Civil Veterinary Department Bengal reports 1923-33 - 1923-1933
Year: 1923
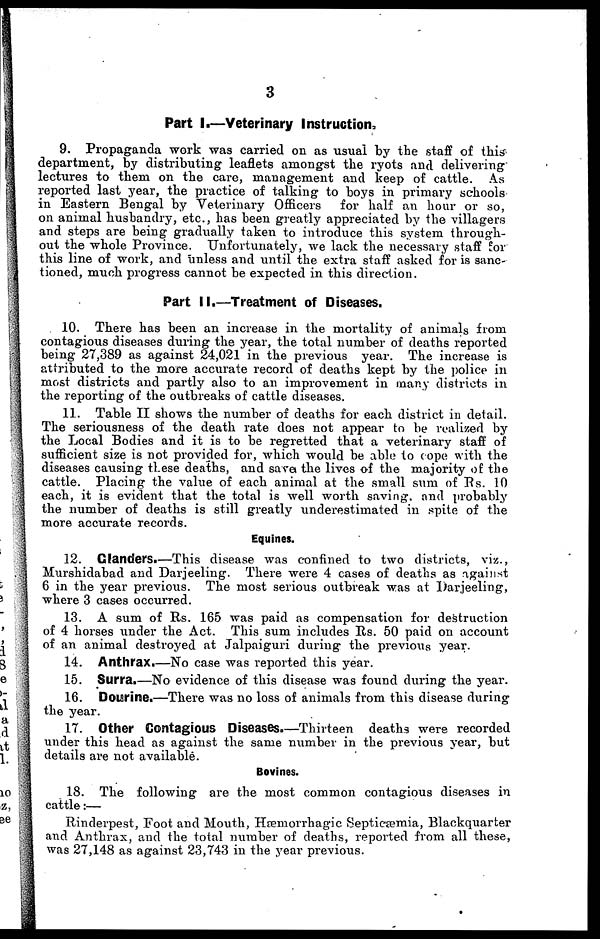
3
Part I.—Veterinary Instruction
9. Propaganda work was carried on as usual by the staff of this
department, by distributing leaflets amongst the ryots and delivering
lectures to them on the care, management and keep of cattle. As
reported last year, the practice of talking to boys in primary schools
in Eastern Bengal by Veterinary Officers
for half an hour or so,
on animal husbandry, etc., has been greatly appreciated by the villagers
and steps are being gradually taken to introduce this system through-
out the whole Province. Unfortunately, we lack the necessary staff for
this line of work, and unless and until the extra staff asked for is sanc-
tioned, much progress cannot be expected in this direction.
Part II.—Treatment of Diseases.
10. There has been an increase in the mortality of animals from
contagious diseases during the year, the total number of deaths reported
being 27,389 as against 24,021 in the previous year. The increase is
attributed to the more accurate record of deaths kept by the police in
most districts and partly also to an improvement in many districts in
the reporting of the outbreaks of cattle diseases.
11. Table II shows the number of deaths for each district in detail.
The seriousness of the death rate does not appear to be realized by
the Local Bodies and it is to be regretted that a veterinary staff of
sufficient size is not provided for, which would be able to cope with the
diseases causing these deaths, and save the lives of the majority of the
cattle. Placing the value of each animal at the small sum of Rs. 10
each, it is evident that the total is well worth saving, and probably
the number of deaths is still greatly underestimated in spite of the
more accurate records.
Equines.
12. Glanders.—This disease was confined to two districts, viz.,
Murshidabad and Darjeeling. There were 4 cases of deaths as against
6 in the year previous. The most serious outbreak was at Darjeeling,
where 3 cases occurred.
13. A sum of Rs. 165 was paid as compensation for destruction
of 4 horses under the Act. This sum includes Rs. 50 paid on account
of an animal destroyed at Jalpaiguri during the previous year.
14. Anthrax.—No case was reported this year.
15. Surra.—No evidence of this disease was found during the year.
16. Dourine.—There was no loss of animals from this disease during
the year.
17. Other Contagious Diseases.—Thirteen deaths were recorded
under this head as against the same number in the previous year, but
details are not available.
Bovines.
18. The following are the most common contagious diseases in
cattle:—
Rinderpest, Foot and Mouth, Hæmorrhagic Septicæmia, Blackquarter
and Anthrax, and the total number of deaths, reported from all these,
was 27,148 as against 23,743 in the year previous.